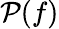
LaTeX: \mathcal{P}(f)